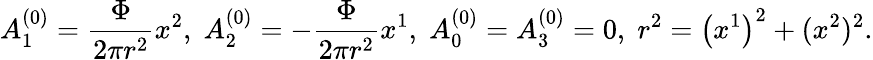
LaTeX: A_{1}^{\left(0\right)}={\frac{{\Phi}}{{2\pi r^{2}}}}x^{2},\; A_{2}^{\left(0\right)}=-{\frac{{\Phi}}{{2\pi r^{2}}}}x^{1},\; A_{0}^{\left(0\right)}=A_{3}^{\left(0\right)}=0,\; r^{2}=\left(x^{1}\right)^{2}+(x^{2})^{2}.